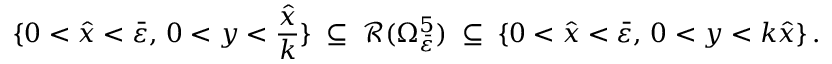
\{ 0 < \hat { x } < \bar { \varepsilon } , \, 0 < y < \frac { \hat { x } } { k } \} \; \subseteq \; \mathcal { R } ( \Omega _ { \bar { \varepsilon } } ^ { 5 } ) \; \subseteq \; \{ 0 < \hat { x } < \bar { \varepsilon } , \, 0 < y < k \hat { x } \} \, .